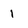
Character: 1